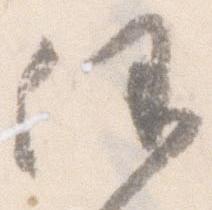
任